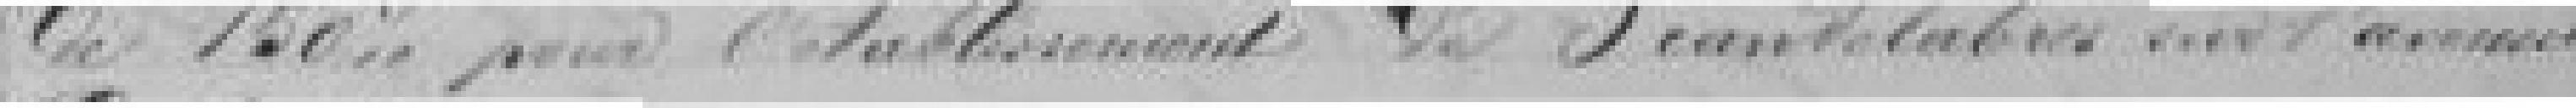
de 150 francs pour l'établissement de 3 candélabres sur l'avenue